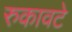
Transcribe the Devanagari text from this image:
रुकावटे